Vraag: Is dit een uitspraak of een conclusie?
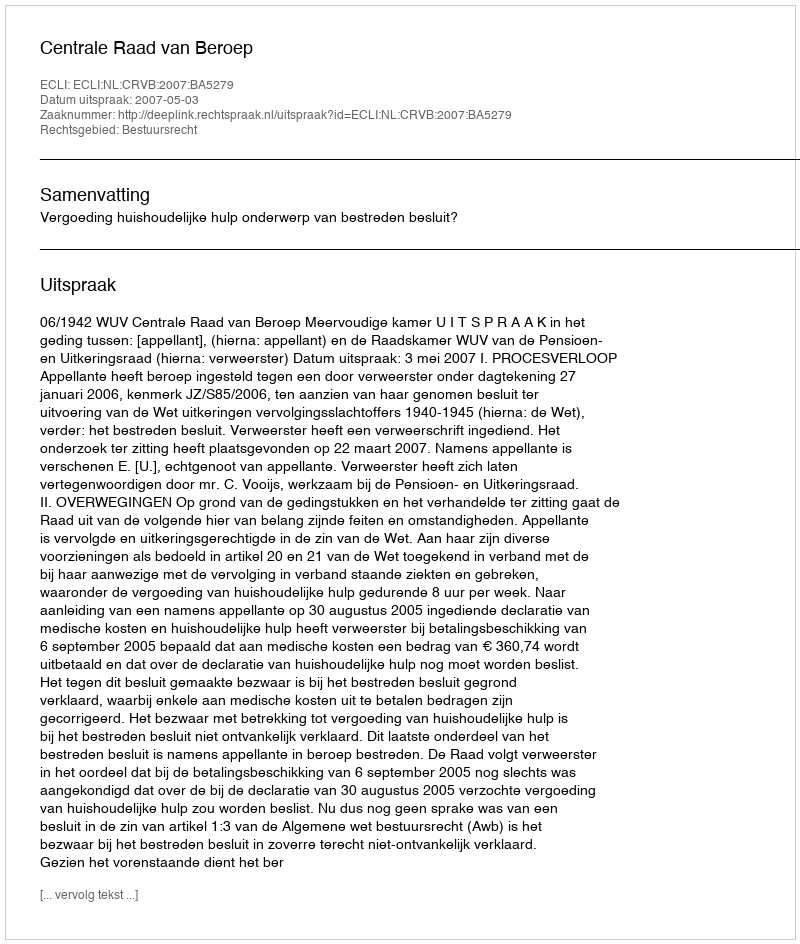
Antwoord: Uitspraak